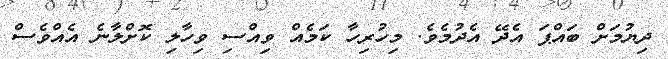
ދިޔުމަށް ބައްޕަ އެދޭ އެދުމެވެ. މިހުރިހާ ކަމެއް ވިއްސި ވިހާލި ކޮށްލާނެ އެއްވެސް